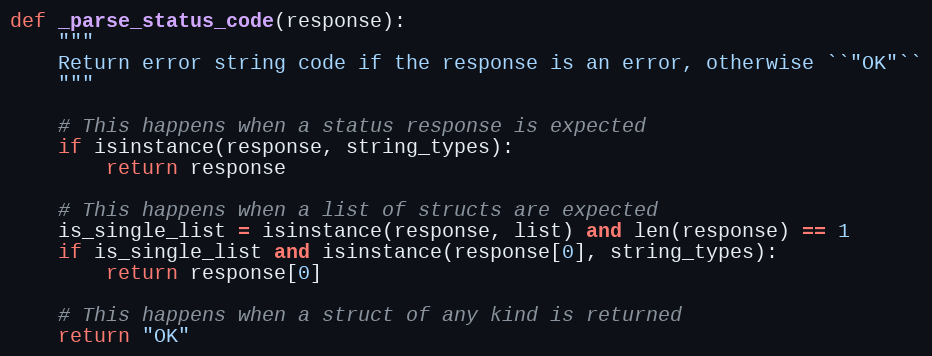
Language: Python
def _parse_status_code(response):
    """
    Return error string code if the response is an error, otherwise ``"OK"``
    """

    # This happens when a status response is expected
    if isinstance(response, string_types):
        return response

    # This happens when a list of structs are expected
    is_single_list = isinstance(response, list) and len(response) == 1
    if is_single_list and isinstance(response[0], string_types):
        return response[0]

    # This happens when a struct of any kind is returned
    return "OK"